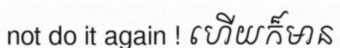
not do it again ! ហើយក៏មាន